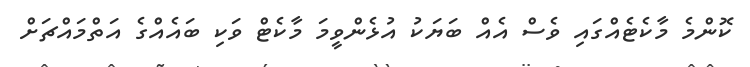
ކޮންމެ މާކެޓެއްގައި ވެސް އެއް ބަޔަކު އުޅެންވީމަ މާކެޓް ވަކި ބައެއްގެ އަތްމައްޗަށް